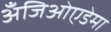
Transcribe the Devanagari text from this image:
अँजिओएडेमा